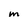
Character: M